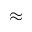
\approx